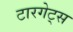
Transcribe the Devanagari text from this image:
टारगेट्स